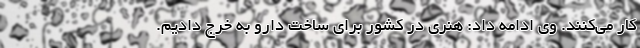
کار می‌کنند. وی ادامه داد: هنری در کشور برای ساخت دارو به خرج دادیم.